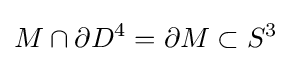
M\cap \partial D^{4}=\partial M\subset S^{3}